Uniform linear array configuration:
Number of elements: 8
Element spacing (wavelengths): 0.5
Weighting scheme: blackman
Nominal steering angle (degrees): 30
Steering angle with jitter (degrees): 28.151
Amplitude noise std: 0.05
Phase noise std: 0.05

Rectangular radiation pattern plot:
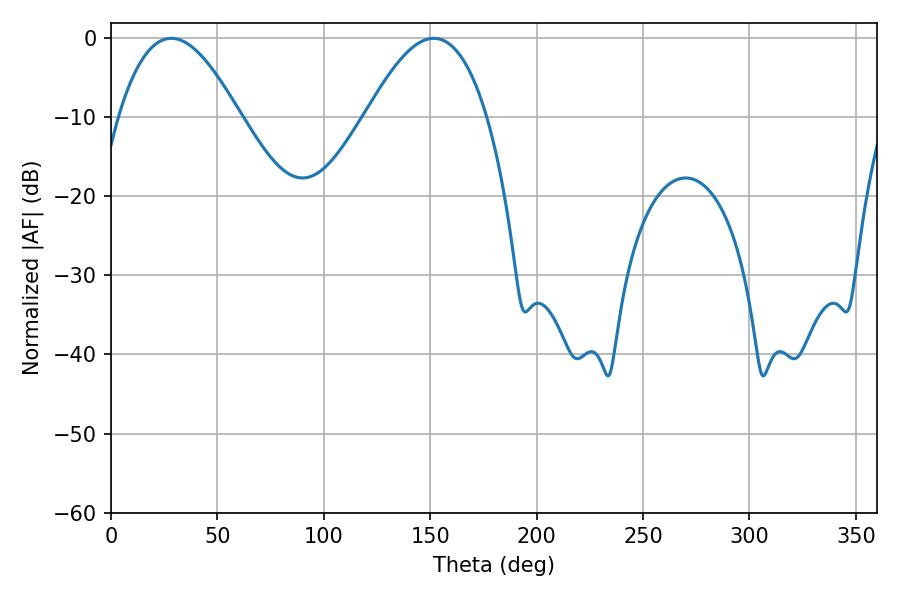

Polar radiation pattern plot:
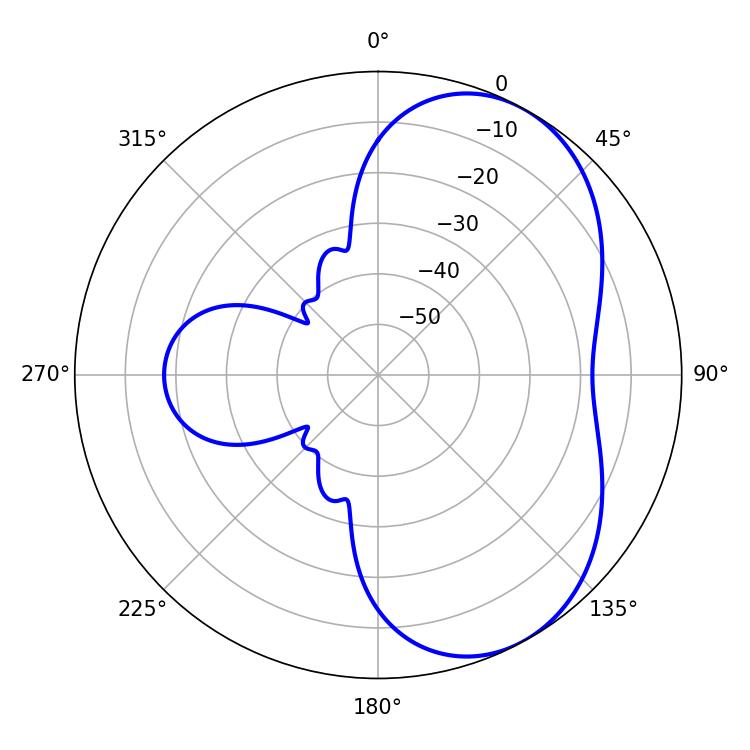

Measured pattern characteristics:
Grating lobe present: FALSE
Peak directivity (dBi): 5.302
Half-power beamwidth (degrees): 30.96
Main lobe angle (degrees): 28.26